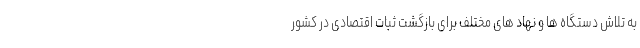
به تلاش دستگاه ها و نهاد های مختلف برای بازگشت ثبات اقتصادی در کشور